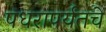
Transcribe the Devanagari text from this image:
पंधरापर्यंतचे